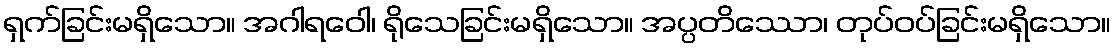
ရှက်ခြင်းမရှိသော။ အဂါရဝေါ၊ ရိုသေခြင်းမရှိသော။ အပ္ပတိဿော၊ တုပ်ဝပ်ခြင်းမရှိသော။